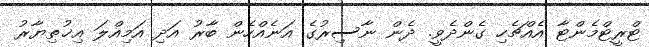
ޓްރީޓްމެންޓާ އެއްޗެހި ގެންދެވީ. ދެން ނާސިރުގެ އަނެއްހެން ބާރު އަދި އަމިއްލަ އިޚުތިޔާރު